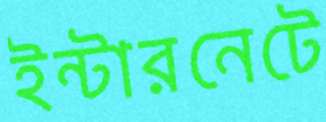
ইন্টারনেটে